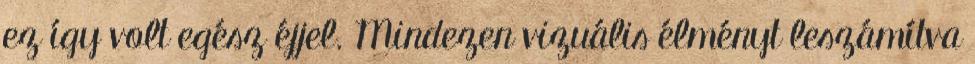
ez így volt egész éjjel. Mindezen vizuális élményt leszámítva